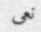
نعى